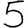
Digit: 5